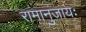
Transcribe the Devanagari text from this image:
रामानुजायः